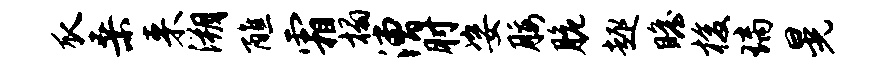
瓜桑来溯醮霜榻漕肘姿腰脆趣瞻梭璃晃